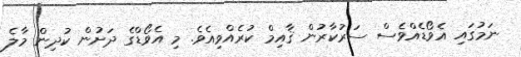
ނަމުގައި އެވޯޑެއްވެސް ސަރުކާރުން ޤާއިމް ކުރެއްވިއެވެ. މި އެވޯޑްގެ ދަށުން ކުދިން މާލެ